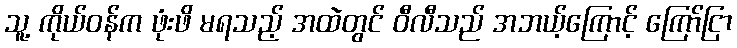
သူ့ ကိုယ်ဝန်က ဖုံးဖိ မရသည့် အထဲတွင် ဝီလီသည် အဘယ့်ကြောင့် ကြော်ငြာ